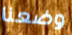
وضعنا